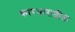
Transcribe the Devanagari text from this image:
कारभारातील